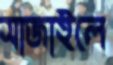
সাজাইলে